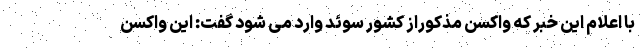
با اعلام این خبر که واکسن مذکوراز کشور سوئد وارد می شود گفت: این واکسن